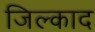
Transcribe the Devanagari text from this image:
जिल्काद